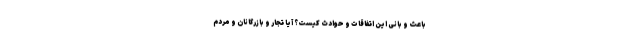
باعث و بانی این اتفاقات و حوادث کیست؟ آیا تجار و بازرگانان و مردم